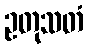
ဥတုသတံ